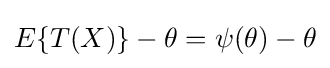
E\{T(X)\}-\theta =\psi (\theta )-\theta